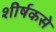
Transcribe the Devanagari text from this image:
शीर्षकसे